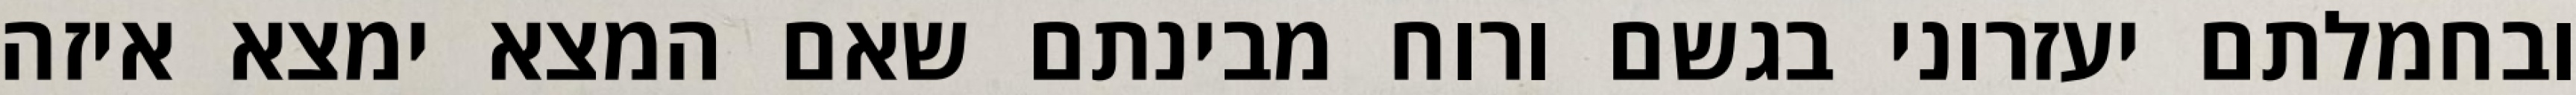
ובחמלתם יעזרוני בגשם ורוח מבינתם שאם המצא ימצא איזה